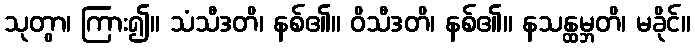
သုတွာ၊ ကြား၍။ သံသီဒတိ၊ နစ်၏။ ဝိသီဒတိ၊ နစ်၏။ နသန္ထမ္ဘတိ၊ မခိုင်။